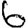
Digit: 6